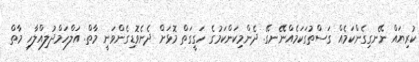
ކުރިޔައް ނޭނގިގެންކަމެއް ގަސްތުގަކަމެއްނޭނގޭ. ދެންމިކަންކަމުގެ ހަގީގަތް މޮޅަށް ދެނެވޮޑިގެންވަނީ މާތް. އަލްހަމްދުލިއްލާހި މާތް